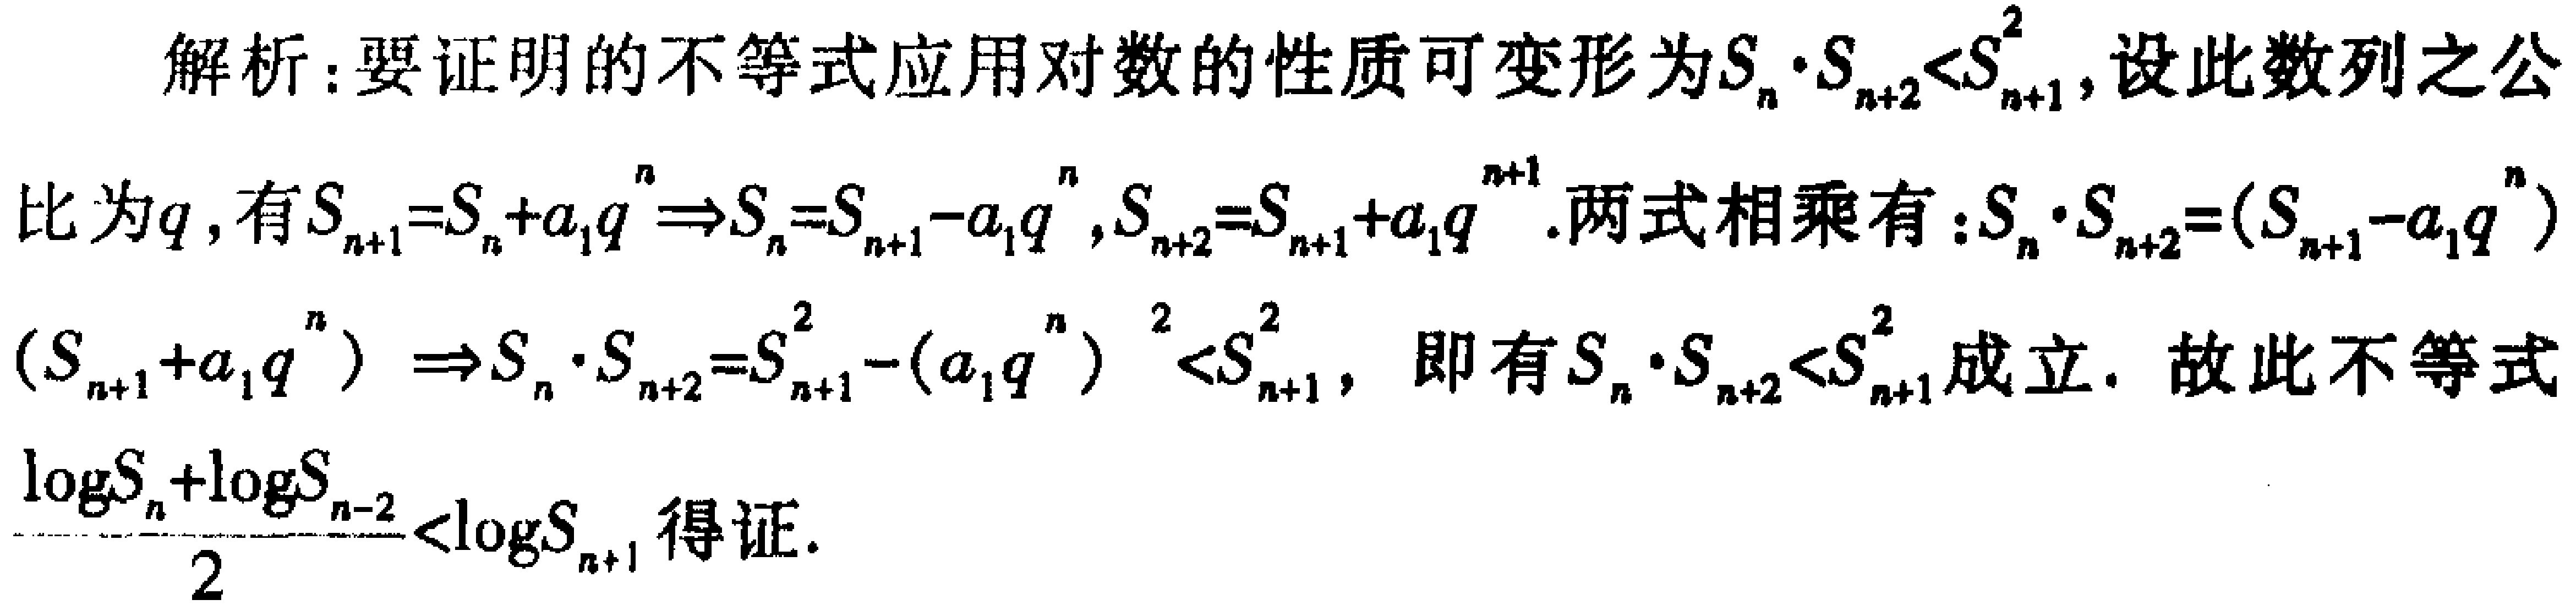
解析：要证明的不等式应用对数的性质可变形为\(S_{n}\cdot S_{n + 2}<S_{n + 1}^{2}\)，设此数列之公

比为\(q\)，有\(S_{n + 1}=S_{n}+a_{1}q^{n}\Rightarrow S_{n}=S_{n + 1}-a_{1}q^{n}\)，\(S_{n + 2}=S_{n + 1}+a_{1}q^{n + 1}\)。两式相乘有：\(S_{n}\cdot S_{n + 2}=(S_{n + 1}-a_{1}q^{n})\)

\((S_{n + 1}+a_{1}q^{n})\Rightarrow S_{n}\cdot S_{n + 2}=S_{n + 1}^{2}-(a_{1}q^{n})^{2}<S_{n + 1}^{2}\)，即有\(S_{n}\cdot S_{n + 2}<S_{n + 1}^{2}\)成立。故此不等式

\(\frac{\log S_{n}+\log S_{n + 2}}{2}<\log S_{n + 1}\)得证。